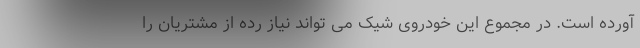
آورده است. در مجموع این خودروی شیک می تواند نیاز رده از مشتریان را